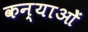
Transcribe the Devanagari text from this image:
कन्याओें